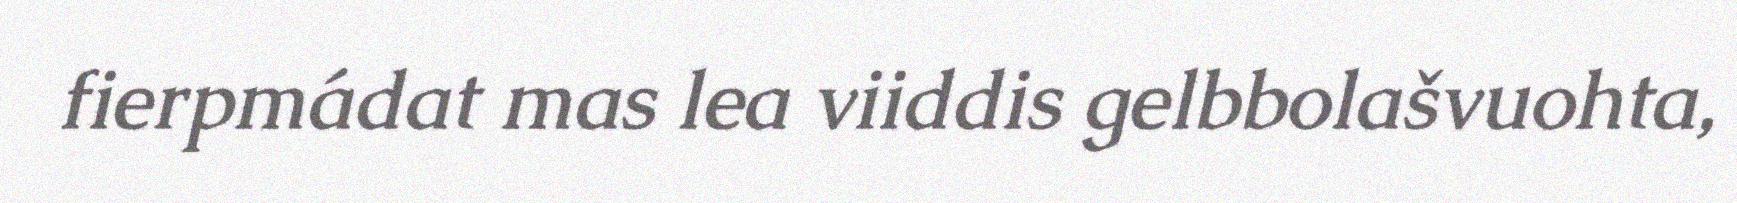
fierpmádat mas lea viiddis gelbbolašvuohta,